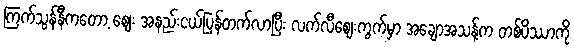
ကြက်သွန်နီကတော့ စျေး အနည်းငယ်ပြန်တက်လာပြီး လက်လီစျေးကွက်မှာ အချောအသန့်က တစ်ပိဿာကို